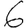
Digit: 6